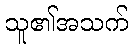
သူ၏အသက်